Annual returns of the Patna Lunatic Asylum at Bankipore in Bihar and Orissa - 1912-1924
Year: 1912
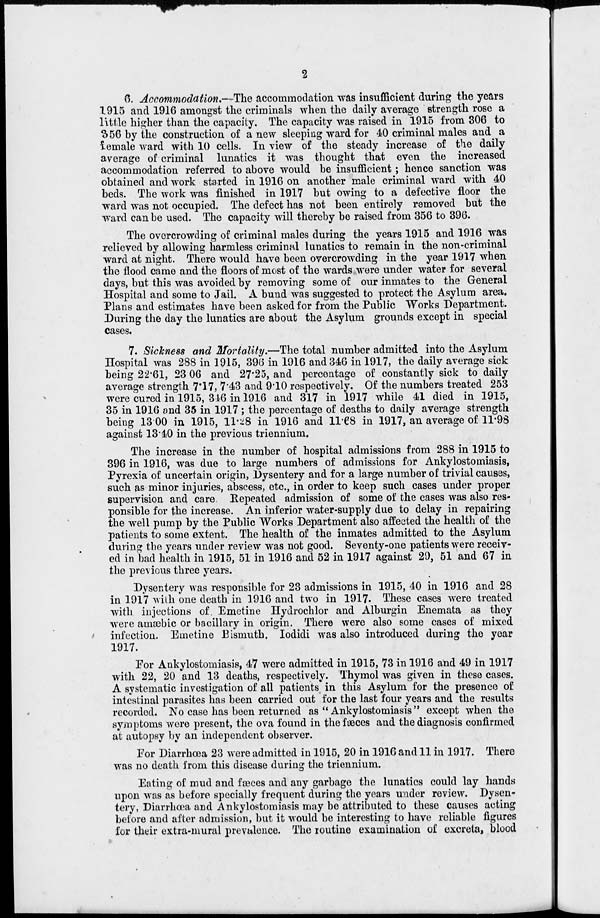
2
6. Accommodation .—The accommodation was insufficient during the years
1915 and 1916 amongst the criminals when the daily average strength rose a
little higher than the capacity. The capacity was raised in 1915 from 306 to
356 by the construction of a new sleeping ward for 40 criminal males and a
female ward with 10 cells. In view of the steady increase of the daily
average of criminal lunatics it was thought that even the increased
accommodation referred to above would be insufficient; hence sanction was
obtained and work started in 1916 on another male criminal ward with 40
beds. The work was finished in 1917 but owing to a defective floor the
ward was not occupied. The defect has not been entirely removed but the
ward can be used. The capacity will thereby be raised from 356 to 396.
The overcrowding of criminal males during the years 1915 and 1916 was
relieved by allowing harmless criminal lunatics to remain in the non-criminal
ward at night. There would have been overcrowding in the year 1917 when
the flood came and the floors of most of the wards were under water for several
days, but this was avoided by removing some of our inmates to the General
Hospital and some to Jail. A bund was suggested to protect the Asylum area.
Plans and estimates have been asked for from the Public Works Department.
During the day the lunatics are about the Asylum grounds except in special
cases.
7. Sickness and Mortality.—The total number admitted into the Asylum
Hospital was 288 in 1915, 396 in 1916 and 346 in 1917, the daily average sick
being 22.61, 23.06 and 27.25, and percentage of constantly sick to daily
average strength 7.17, 7.43 and 9.10 respectively. Of the numbers treated 253
were cured in 1915, 346 in 1916 and 317 in 1917 while 41 died in 1915,
35 in 1916 and 35 in 1917 ; the percentage of deaths to daily average strength
being 13.00 in 1915, 11.28 in 1916 and 11.68 in 1917, an average of 11.98
against 13.40 in the previous triennium.
The increase in the number of hospital admissions from 288 in 1915 to
396 in 1916, was due to large numbers of admissions for Ankylostomiasis,
Pyrexia of uncertain origin, Dysentery and for a large number of trivial causes,
such as minor injuries, abscess, etc., in order to keep such cases under proper
supervision and care. Repeated admission of some of the cases was also res-
ponsible for the increase. An inferior water-supply due to delay in repairing
the well pump by the Public Works Department also affected the health of the
patients to some extent. The health of the inmates admitted to the Asylum
during the years under review was not good. Seventy-one patients were receiv-
ed in bad health in 1915, 51 in 1916 and 52 in 1917 against 29, 51 and 67 in
the previous three years.
Dysentery was responsible for 23 admissions in 1915, 40 in 1916 and 28
in 1917 with one death in 1916 and two in 1917. These cases were treated
with injections of. Emetine Hydrochlor and Alburgin Enemata as they
were amæbic or bacillary in origin. There were also some cases of mixed
infection. Emetine Bismuth. Iodidi was also introduced during the year
1917.
For Ankylostomiasis, 47 were admitted in 1915, 73 in 1916 and 49 in 1917
with 22, 20 and 13 deaths, respectively. Thymol was given in these cases.
A systematic investigation of all patients in this Asylum for the presence of
intestinal parasites has been carried out for the last four years and the results
recorded. No case has been returned as " Ankylostomiasis" except when the
symptoms were present, the ova found in the fæces and the diagnosis confirmed
at autopsy by an independent observer.
For Diarrhœa 23 were admitted in 1915, 20 in 1916 and 11 in 1917. There
was no death from this disease during the triennium.
Eating of mud and fæces and any garbage the lunatics could lay hands
upon was as before specially frequent during the years under review. Dysen-
tery, Diarrhœa and Ankylostomiasis may be attributed to these causes acting
before and after admission, but it would be interesting to have reliable figures
for their extra-mural prevalence. The routine examination of excreta, blood